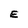
Character: E